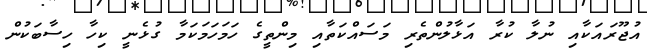
އުޖޫރައަކާއި ނުލާ ކުރާ އަޅާލުންތެރި މަސައްކަތާއި މިންތީގެ ހަމަހަމަކަމާ ގުޅެނީ ކިހާ ހިސާބަކުން